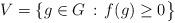
LaTeX: \begin{align*}V = \{ g \in G \, : \, f(g) \geq 0 \big\}\end{align*}